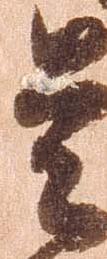
其